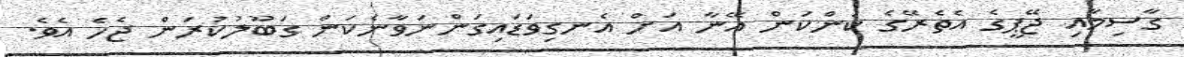
ގާސިމާއި ޖޭޕީގެ އެތެރޭގެ ކަންކަން އޭނާ އަށް އެނގިވަޑައިގަންނަވާނެކަން ގަބޫލުކުރަން ޖެހެ އެވެ.